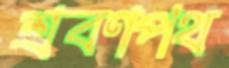
শ্রবণপথ